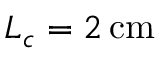
L _ { c } = 2 \, \mathrm { c m }